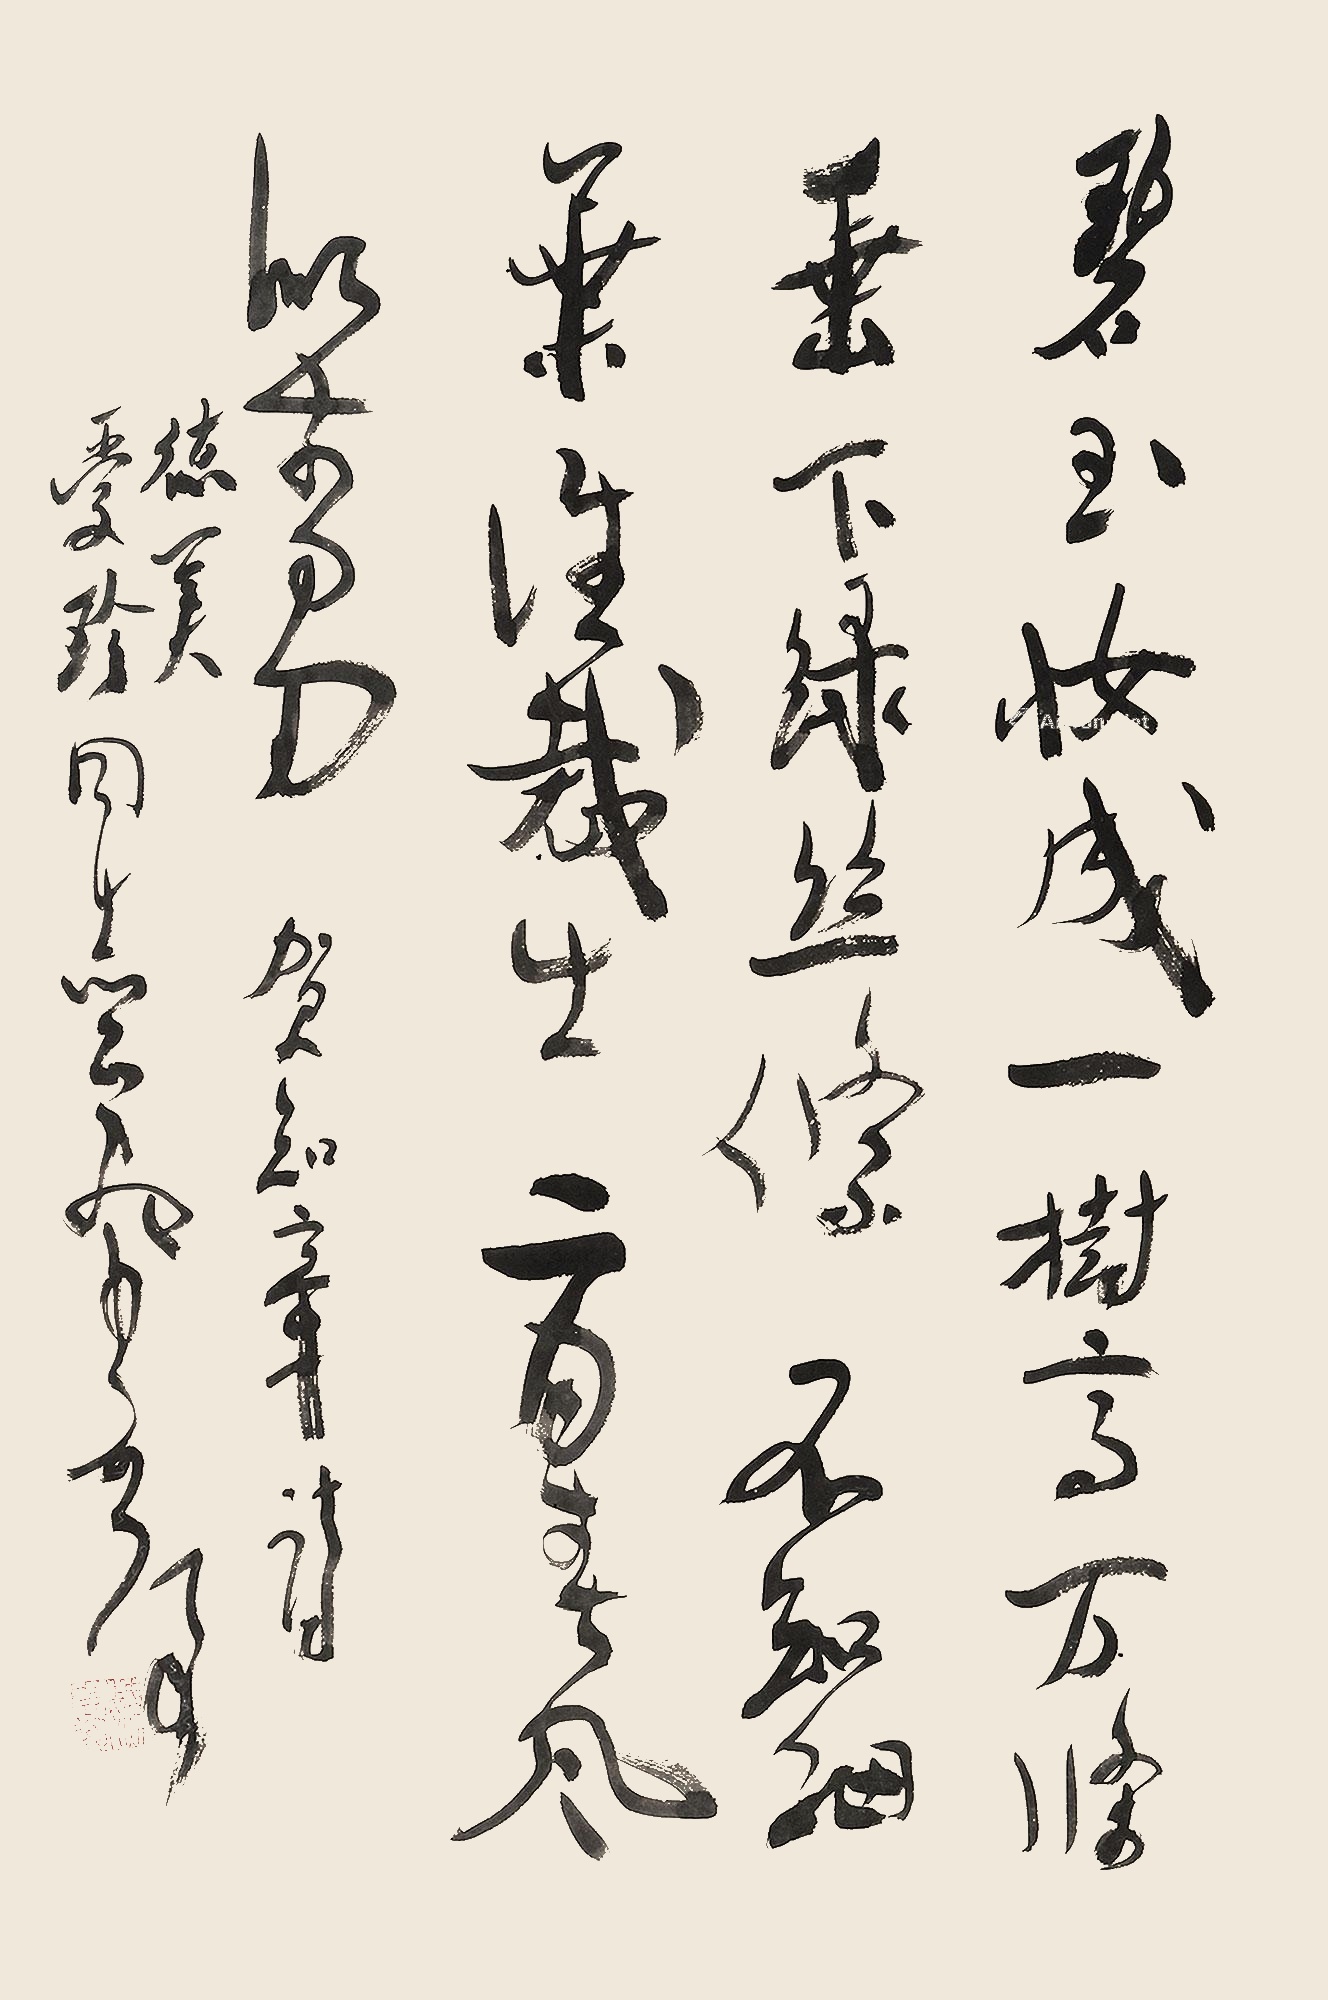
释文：碧玉妆成一树高，万条垂下绿丝绦。不知细叶谁裁出，二月春风似剪刀。贺知章诗。德美、爱珍同志正腕，启后。